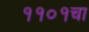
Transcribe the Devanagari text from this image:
११०१चा